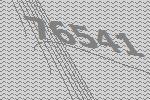
76541